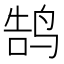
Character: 鹄